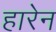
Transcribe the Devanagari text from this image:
हारेन